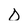
Character: D